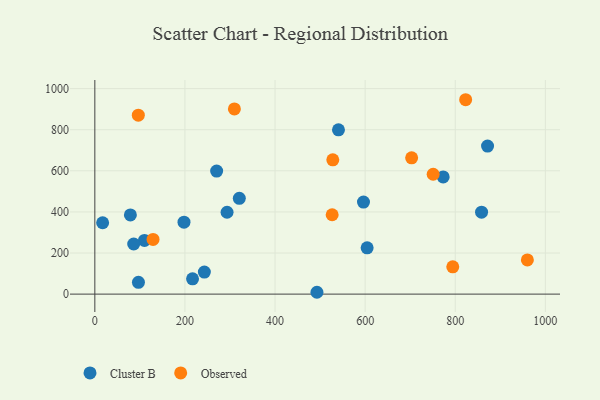
{"axis": {"x": "Study Hours", "y": "Sales"}, "legend": ["Cluster B", "Observed"], "data": [{"x": "493.0", "y": 9.0, "type": "Cluster B"}, {"x": "270.4", "y": 598.6, "type": "Cluster B"}, {"x": "773.2", "y": 570.5, "type": "Cluster B"}, {"x": "871.7", "y": 720.2, "type": "Cluster B"}, {"x": "110.2", "y": 261.2, "type": "Cluster B"}, {"x": "858.4", "y": 398.6, "type": "Cluster B"}, {"x": "96.8", "y": 57.2, "type": "Cluster B"}, {"x": "540.8", "y": 799.4, "type": "Cluster B"}, {"x": "293.5", "y": 398.5, "type": "Cluster B"}, {"x": "243.1", "y": 107.5, "type": "Cluster B"}, {"x": "78.9", "y": 385.5, "type": "Cluster B"}, {"x": "604.4", "y": 225.2, "type": "Cluster B"}, {"x": "216.9", "y": 74.4, "type": "Cluster B"}, {"x": "86.3", "y": 244.0, "type": "Cluster B"}, {"x": "596.3", "y": 448.0, "type": "Cluster B"}, {"x": "197.9", "y": 350.0, "type": "Cluster B"}, {"x": "320.7", "y": 465.9, "type": "Cluster B"}, {"x": "17.3", "y": 347.4, "type": "Cluster B"}, {"x": "528.2", "y": 653.6, "type": "Observed"}, {"x": "309.8", "y": 901.1, "type": "Observed"}, {"x": "96.5", "y": 870.7, "type": "Observed"}, {"x": "703.2", "y": 663.1, "type": "Observed"}, {"x": "751.0", "y": 583.2, "type": "Observed"}, {"x": "129.2", "y": 266.1, "type": "Observed"}, {"x": "823.1", "y": 945.9, "type": "Observed"}, {"x": "960.1", "y": 166.4, "type": "Observed"}, {"x": "526.8", "y": 386.3, "type": "Observed"}, {"x": "794.5", "y": 132.6, "type": "Observed"}]}